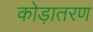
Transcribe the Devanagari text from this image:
कोड़ातरण